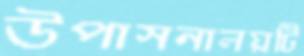
উপাসনালয়টি